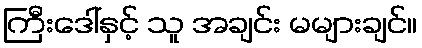
ကြီးဒေါ်နှင့် သူ အချင်း မများချင်။